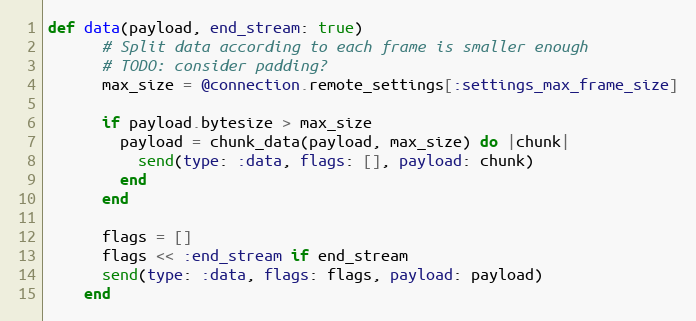
Language: Ruby
def data(payload, end_stream: true)
      # Split data according to each frame is smaller enough
      # TODO: consider padding?
      max_size = @connection.remote_settings[:settings_max_frame_size]

      if payload.bytesize > max_size
        payload = chunk_data(payload, max_size) do |chunk|
          send(type: :data, flags: [], payload: chunk)
        end
      end

      flags = []
      flags << :end_stream if end_stream
      send(type: :data, flags: flags, payload: payload)
    end